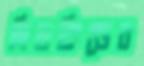
মিডফিল্ডের